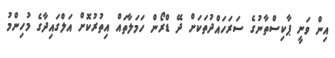
އިން ވަނީ ޕާކިސްތާނުގެ ސަރަހައްދުތަކަށް ދޭ ޑްރޯން ހަމަލާތައް އިތުރުކޮށް އަލްގައިދާގެ މުހިންމު